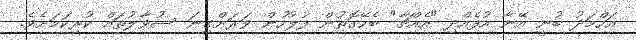
އަހްމަދު ބުނީ އޭނާ އުފެއްދި "އެއްޗާ" ބެހޭގޮތުން ފުލުހުން ވަރަށްގިނަ ސުވާލުތައް ކުރިކަމަށެވެ.